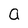
Character: a